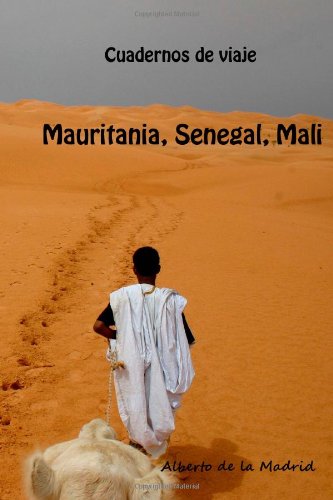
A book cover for Cuadernos de viaje. Mauritania, Senegal, MalÃ­ (Spanish Edition); Alberto de la Madrid; Travel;